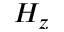
H _ { z }